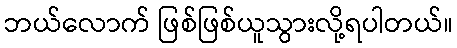
ဘယ်လောက် ဖြစ်ဖြစ်ယူသွားလို့ရပါတယ်။